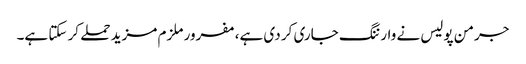
جرمن پولیس نے وارننگ جاری کر دی ہے، مفرور ملزم مزید حملے کر سکتا ہے۔